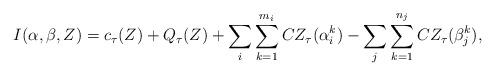
LaTeX: \begin{align*}I(\alpha,\beta,Z) = c_\tau(Z) + Q_\tau(Z) + \sum_i \sum_{k=1}^{m_i}CZ_\tau(\alpha_i^k) - \sum_j \sum_{k=1}^{n_j}CZ_\tau(\beta_j^k),\end{align*}